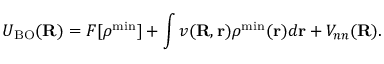
U _ { \mathrm { B O } } ( { \bf R } ) = F [ { \boldsymbol \rho ^ { \mathrm { m i n } } } ] + \int v ( { \bf R , r } ) \rho ^ { \mathrm { m i n } } ( { \bf r } ) d { \bf r } + V _ { n n } ( { \bf R } ) .